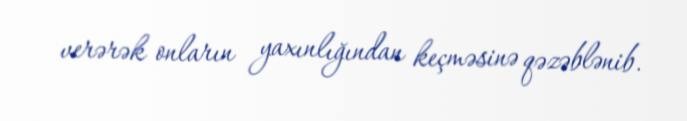
verərək onların yaxınlığından keçməsinə qəzəblənib.